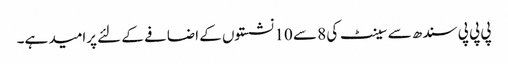
پی پی پی سندھ سے سینٹ کی 8 سے 10 نشستوں کے اضافے کے لئے پرامید ہے۔